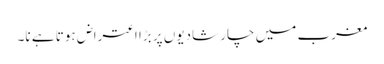
مغرب میں چار شادیوں پر بڑا اعتراض ہوتا ہے نا۔